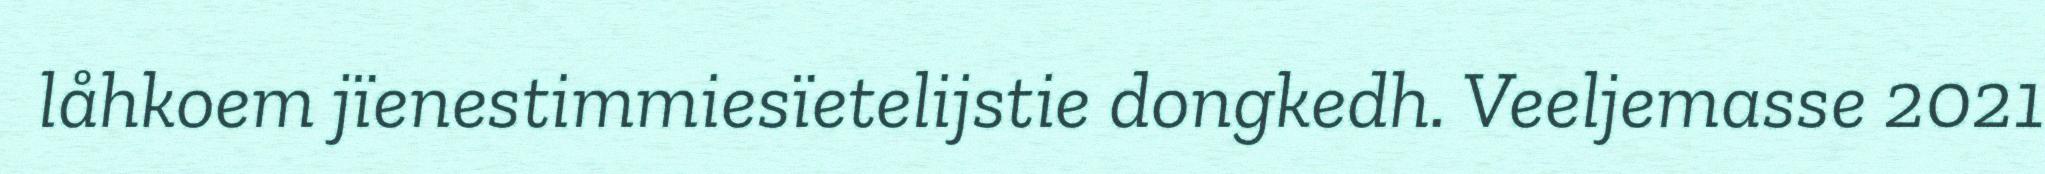
låhkoem jïenestimmiesïetelijstie dongkedh. Veeljemasse 2021